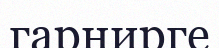
гарнирге